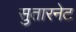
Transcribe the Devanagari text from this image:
सुतारनेट